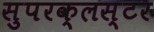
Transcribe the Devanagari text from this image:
सुपरक्‍लस्टर